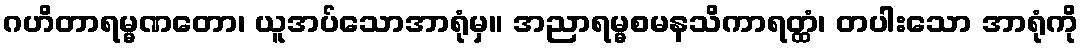
ဂဟိတာရမ္မဏတော၊ ယူအပ်သောအာရုံမှ။ အညာရမ္မစမနသိကာရတ္ထံ၊ တပါးသော အာရုံကို